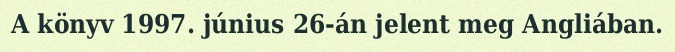
A könyv 1997. június 26-án jelent meg Angliában.